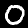
Label: 0